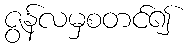
ဇွန်လမှစတင်၍